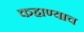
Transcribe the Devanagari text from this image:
कहाण्याच